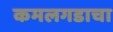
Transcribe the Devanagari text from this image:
कमलगडाचा